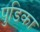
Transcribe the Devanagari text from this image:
पुडिका